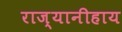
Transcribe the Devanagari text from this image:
राज्यानीहाय